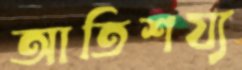
আতিশয্য